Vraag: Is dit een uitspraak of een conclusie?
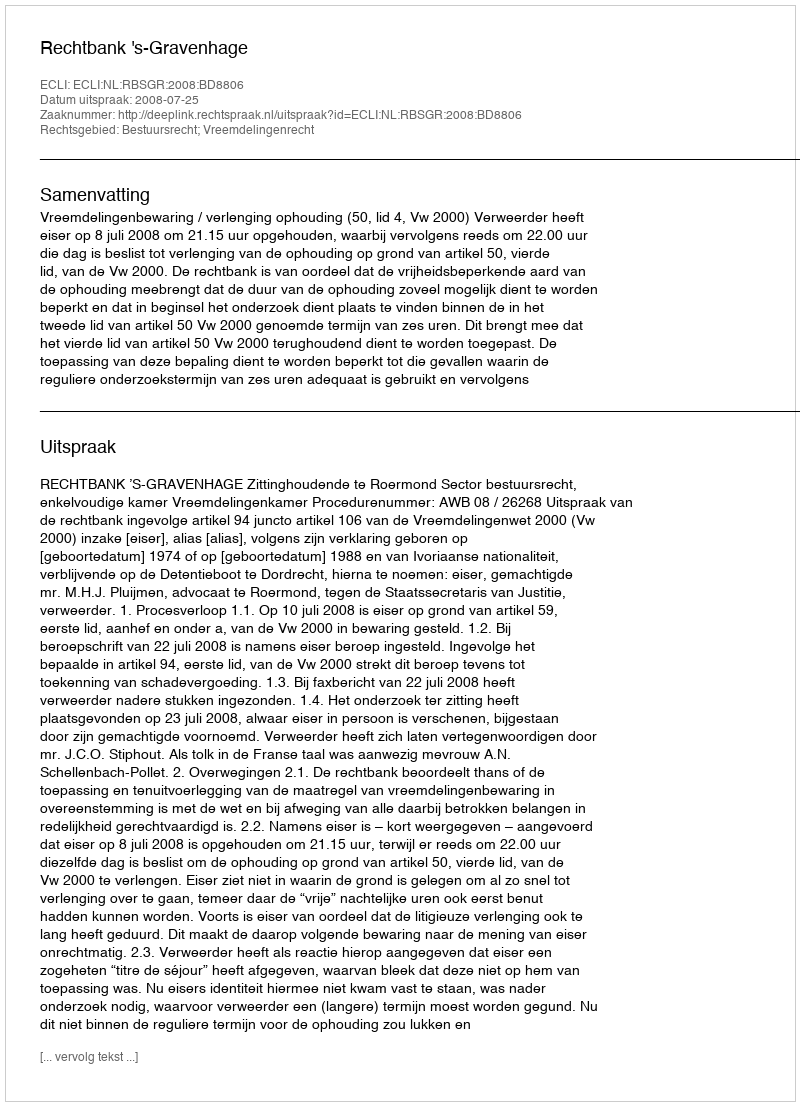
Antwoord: Uitspraak